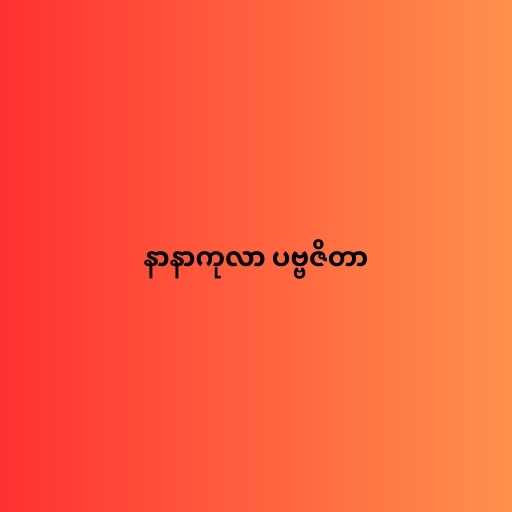
နာနာကုလာ ပဗ္ဗဇိတာ